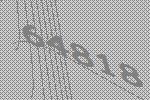
64818